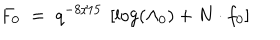
LaTeX: F _ { 0 } \; = \; q ^ { - 8 / 1 5 } \: \left[ \log ( \Lambda _ { 0 } ^ { } ) + N \cdot f _ { 0 } \right]